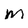
Character: m